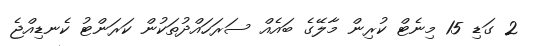
2 ގަޑި 15 މިނެޓް ކުރިން މާލޭގެ ބައެއް ސަރަހައްދުތަކުން ކަރަންޓު ކެނޑިއްޖެ